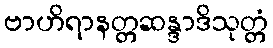
ဗာဟိရာနတ္တဆန္ဒာဒိသုတ္တံ